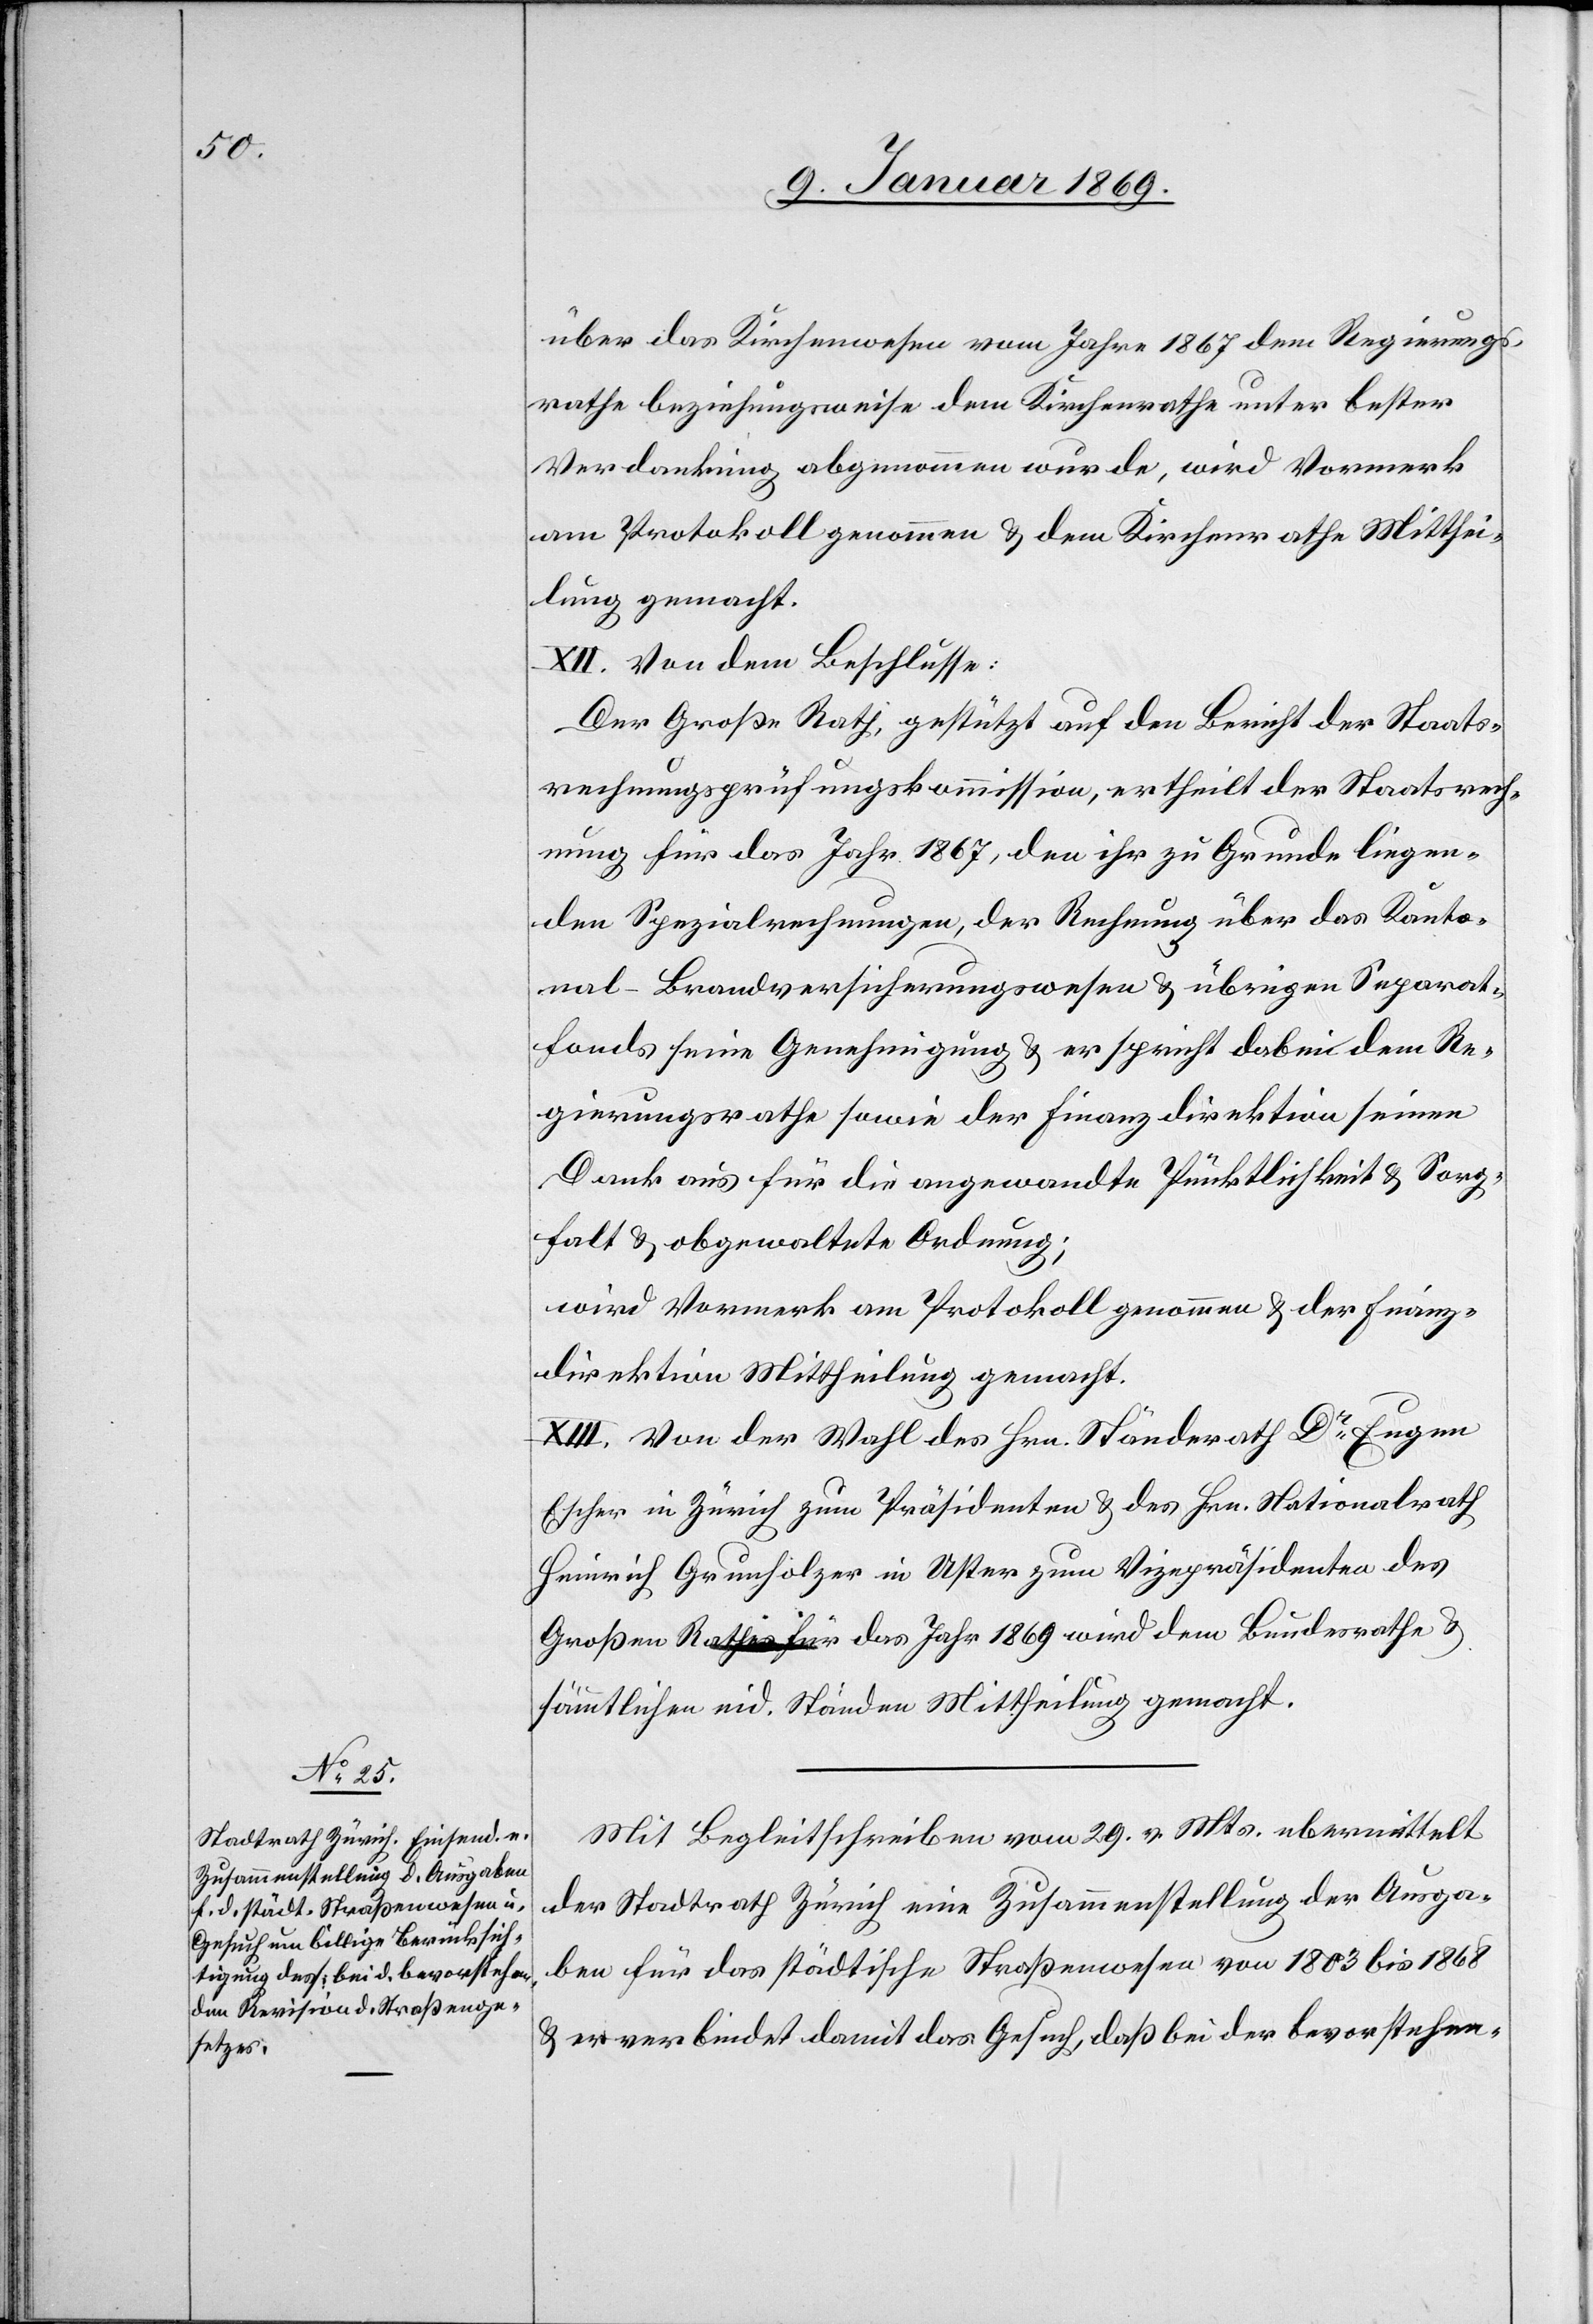
über das Kirchenwesen vom Jahre 1867 dem Regierungs¬
rathe beziehungsweise dem Kirchenrathe unter bester
Verdankung abgenommen wurde, wird Vormerk
am Protokoll genommen & dem Kirchenrathe Mitthei¬
lung gemacht.
XII. Von dem Beschlusse:
Der Große Rath, gestützt auf den Bericht der Staats¬
rechnungsprüfungskommission, ertheilt der Staatsrech¬
nung für das Jahr 1867, den ihr zu Grunde liegen¬
den Spezialrechnungen, der Rechnung über das Kanto¬
nal-Brandversicherungswesen & übrigen Separats¬
fonds seine Genehmigung & er spricht dabei dem Re¬
gierungsrathe sowie der Finanzdirektion seinen
Dank aus für die angewandte Pünktlichkeit & Sorg¬
falt & obgewaltete Ordnung;
wird Vormerk am Protokoll genommen & der Finanz¬
direktion Mittheilung gemacht.
XIII. Von der Wahl des Hrn. Ständerath Dr Eugen
Escher in Zürich zum Präsidenten & des Hrn. Nationalrath
Heinrich Grundholzer in Uster zum Vicepräsidenten des
Großen Rathes für das Jahr 1869 wird dem Bundesrathe &
sämmtlichen eid. Ständen Mittheilung gemacht.
Mit Begleitschreiben vom 29. v. Mts. ubermittelt
der Stadtrath Zürich eine Zusammenstellung der Ausga¬
ben für das städtische Straßenwesen von 1803 bis 1868
& verbindet damit das Gesuch, daß bei der bevorstehen-